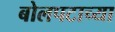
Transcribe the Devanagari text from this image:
बोलपटाच्या